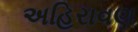
અહિરાવણ